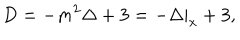
LaTeX: D = - m ^ { 2 } \Delta + 3 = - \Delta | _ { x } + 3 ,